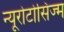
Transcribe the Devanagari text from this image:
न्यूरोटोसिज्म